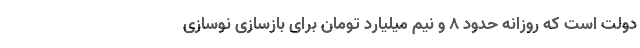
دولت است که روزانه حدود ٨ و نیم میلیارد تومان برای بازسازی نوسازی